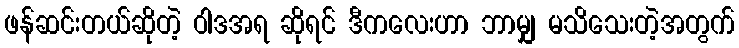
ဖန်ဆင်းတယ်ဆိုတဲ့ ဝါဒအရ ဆိုရင် ဒီကလေးဟာ ဘာမျှ မသိသေးတဲ့အတွက်